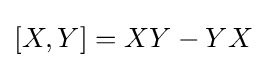
[X,Y]=XY-YX